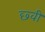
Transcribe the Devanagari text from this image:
छ्वी